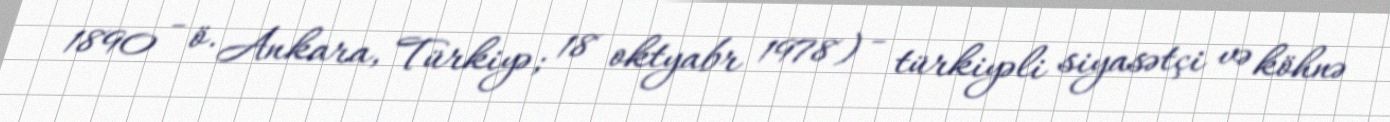
1890 - ö. Ankara, Türkiyə; 18 oktyabr 1978) - türkiyəli siyasətçi və köhnə